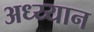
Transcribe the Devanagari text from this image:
अध्य्यान